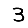
Digit: 3